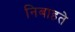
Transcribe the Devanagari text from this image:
निबाहते